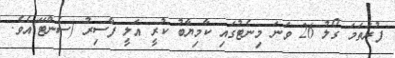
ފުރަތަމަ ގޯލު 26 ވަނަ މިނެޓުގައި ކާމިޔާބު ކުރީ އަލީ ފާސިރު (ސެންޓޭ)އެވެ.